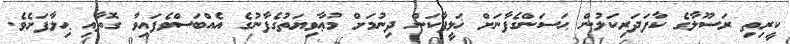
ކީރިތި ރަސޫލާގެ ކާފަދަރިކަލުން ޙަސަންގެފާނަށް ޚަލީފާކަން ދިނުމަށް މުޢާވިޔަތުގެފާނުގެ އެއްބަސްވެފައިވާ ގޮތާއި ޙިލާފަށެވެ.